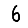
Digit: 6